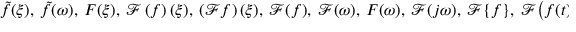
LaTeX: { \tilde { f } } ( \xi ) , \ { \tilde { f } } ( \omega ) , \ F ( \xi ) , \ { \mathcal { F } } \left( f \right) ( \xi ) , \ \left( { \mathcal { F } } f \right) ( \xi ) , \ { \mathcal { F } } ( f ) , \ { \mathcal { F } } ( \omega ) , \ F ( \omega ) , \ { \mathcal { F } } ( j \omega ) , \ { \mathcal { F } } \{ f \} , \ { \mathcal { F } } { \bigl ( } f ( t ) { \bigr ) } , \ { \mathcal { F } } { \bigl \{ } f ( t ) { \bigr \} } .